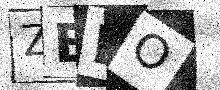
Text: ZEDO